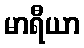
မာရီယာ